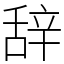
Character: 辞